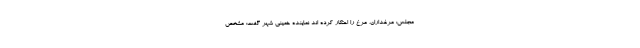
مجلس: مرغداران، مرغ را احتکار کرده اند نماینده خمینی شهر گفت: مشخص